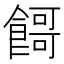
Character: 𱃬